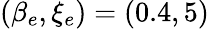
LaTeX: (\beta_{e},\xi_{e})=(0.4,5)